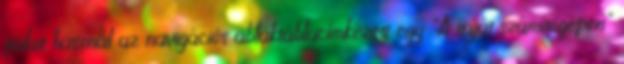
fiókot használ az navigációs ablaktáblacímkézett egy "A saját számítógépen"